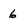
Character: 6